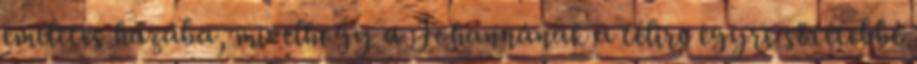
emeletes házába, mivelhogy a Johannának a télire egyre sötétebbé